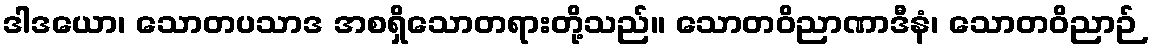
ဒါဒယော၊ သောတပသာဒ အစရှိသောတရားတို့သည်။ သောတဝိညာဏာဒီနံ၊ သောတဝိညာဉ်